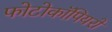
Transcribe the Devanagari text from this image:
फोटोकॉपियरों